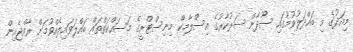
މިއަދުގެ މި ބައްދަލުވުމުގައި ސޫދާން ސަރުކާރުގެ އިސްލާމިކް މިނިސްޓްރީގެ މަސައްކަތްތައް ބައްލަވައިލެއްވުމަށް ރާއްޖެއިން